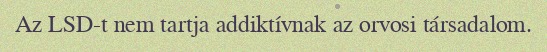
Az LSD-t nem tartja addiktívnak az orvosi társadalom.